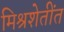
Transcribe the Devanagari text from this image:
मिश्रशेतींत